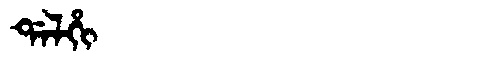
Manchu: ᡩᠠᠯᡥᡳ
Romanization: DALHI